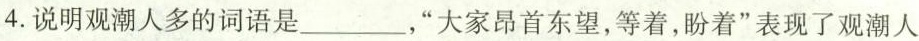
4.说明观潮人多的词语是___，”大家昂首东望，等着，盼着”表现了观潮人